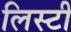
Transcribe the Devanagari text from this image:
लिस्टी